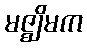
မဇ္ဈိမက